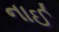
નાઈ